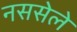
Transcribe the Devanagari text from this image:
नससेले